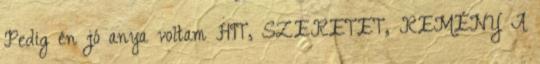
Pedig én jó anya voltam HIT, SZERETET, REMÉNY A